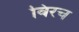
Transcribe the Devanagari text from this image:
विरच